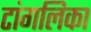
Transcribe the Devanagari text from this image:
टांगलिका